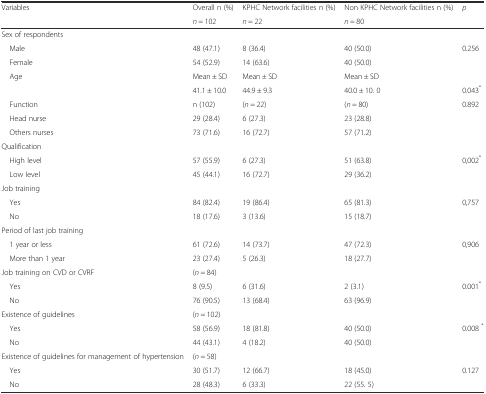
<table><thead><tr><td rowspan="2"><b>Variables</b></td><td><b>Overall n (%)</b></td><td><b>KPHC Network facilities n (%)</b></td><td><b>Non KPHC Network facilities n (%)</b></td><td rowspan="2"><b><i>p</i></b></td></tr><tr><td><b><i>n</i> = 102</b></td><td><b><i>n</i> = 22</b></td><td><b><i>n</i> = 80</b></td></tr></thead><tbody><tr><td colspan="5">Sex of respondents</td></tr><tr><td> Male</td><td>48 (47.1)</td><td>8 (36.4)</td><td>40 (50.0)</td><td>0.256</td></tr><tr><td> Female</td><td>54 (52.9)</td><td>14 (63.6)</td><td>40 (50.0)</td><td></td></tr><tr><td> Age</td><td>Mean ± SD</td><td>Mean ± SD</td><td>Mean ± SD</td><td></td></tr><tr><td></td><td>41.1 ± 10.0</td><td>44.9 ± 9.3</td><td>40.0 ± 10. 0</td><td>0.043<sup>*</sup></td></tr><tr><td> Function</td><td>n (102)</td><td>(<i>n</i> = 22)</td><td>(<i>n</i> = 80)</td><td>0.892</td></tr><tr><td> Head nurse</td><td>29 (28.4)</td><td>6 (27.3)</td><td>23 (28.8)</td><td></td></tr><tr><td> Others nurses</td><td>73 (71.6)</td><td>16 (72.7)</td><td>57 (71.2)</td><td></td></tr><tr><td colspan="5">Qualification</td></tr><tr><td> High level</td><td>57 (55.9)</td><td>6 (27.3)</td><td>51 (63.8)</td><td>0,002<sup>*</sup></td></tr><tr><td> Low level</td><td>45 (44.1)</td><td>16 (72.7)</td><td>29 (36.2)</td><td></td></tr><tr><td colspan="5">Job training</td></tr><tr><td> Yes</td><td>84 (82.4)</td><td>19 (86.4)</td><td>65 (81.3)</td><td>0,757</td></tr><tr><td> No</td><td>18 (17.6)</td><td>3 (13.6)</td><td>15 (18.7)</td><td></td></tr><tr><td colspan="5">Period of last job training</td></tr><tr><td> 1 year or less</td><td>61 (72.6)</td><td>14 (73.7)</td><td>47 (72.3)</td><td>0,906</td></tr><tr><td> More than 1 year</td><td>23 (27.4)</td><td>5 (26.3)</td><td>18 (27.7)</td><td></td></tr><tr><td>Job training on CVD or CVRF</td><td>(<i>n</i> = 84)</td><td></td><td></td><td></td></tr><tr><td> Yes</td><td>8 (9.5)</td><td>6 (31.6)</td><td>2 (3.1)</td><td>0.001<sup>*</sup></td></tr><tr><td> No</td><td>76 (90.5)</td><td>13 (68.4)</td><td>63 (96.9)</td><td></td></tr><tr><td>Existence of guidelines</td><td>(<i>n</i> = 102)</td><td></td><td></td><td></td></tr><tr><td> Yes</td><td>58 (56.9)</td><td>18 (81.8)</td><td>40 (50.0)</td><td>0.008 <sup>*</sup></td></tr><tr><td> No</td><td>44 (43.1)</td><td>4 (18.2)</td><td>40 (50.0)</td><td></td></tr><tr><td>Existence of guidelines for management of hypertension</td><td>(<i>n</i> = 58)</td><td></td><td></td><td></td></tr><tr><td> Yes</td><td>30 (51.7)</td><td>12 (66.7)</td><td>18 (45.0)</td><td>0.127</td></tr><tr><td> No</td><td>28 (48.3)</td><td>6 (33.3)</td><td>22 (55. 5)</td><td></td></tr></tbody></table>